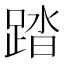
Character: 踏